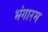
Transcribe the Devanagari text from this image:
भंगारम